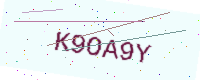
Text: K9OA9Y